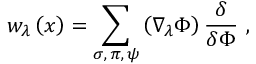
w _ { \lambda } \left( x \right) = \sum _ { \sigma , \, \pi , \, \psi } \left( \nabla _ { \lambda } \Phi \right) \frac \delta { \delta \Phi } \, \, ,